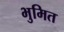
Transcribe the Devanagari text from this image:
भुमित